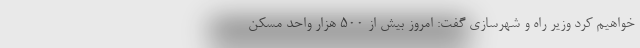
خواهیم کرد وزیر راه و شهرسازی گفت: امروز بیش از ۵۰۰ هزار واحد مسکن